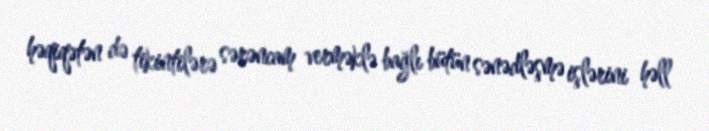
həqiqətən də tikintilərə sərəncam verməklə bağlı bütün sənədləşmə işlərini həll